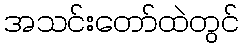
အသင်းတော်ထဲတွင်